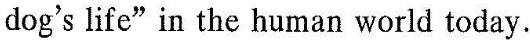
dog's lifc"in the human worla mlay.